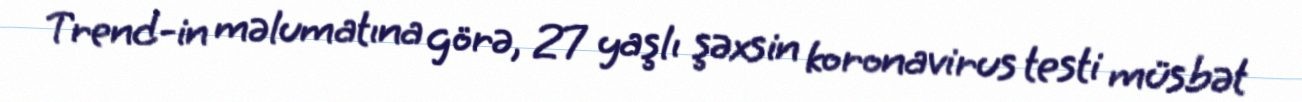
Trend-in məlumatına görə, 27 yaşlı şəxsin koronavirus testi müsbət